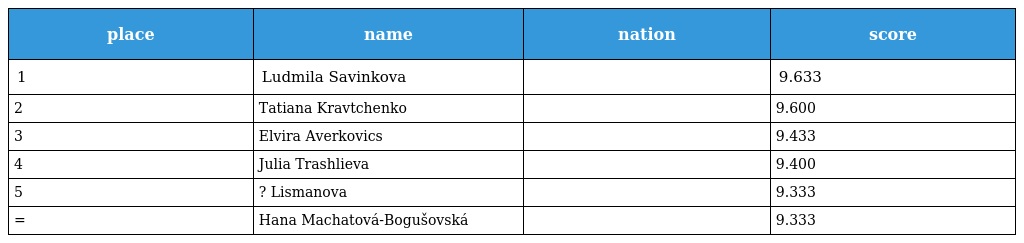
| place | name | nation | score |
 | --- | --- | --- | --- |
 | 1 | Ludmila Savinkova |  | 9.633 |
 | 2 | Tatiana Kravtchenko |  | 9.600 |
 | 3 | Elvira Averkovics |  | 9.433 |
 | 4 | Julia Trashlieva |  | 9.400 |
 | 5 | ? Lismanova |  | 9.333 |
 | = | Hana Machatová-Bogušovská |  | 9.333 |